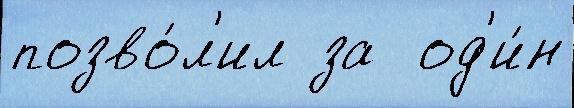
позво́л'ил за  од'и́н